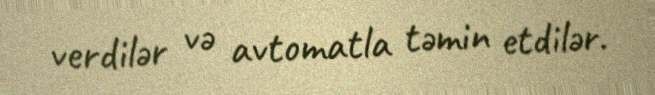
verdilər və avtomatla təmin etdilər.